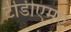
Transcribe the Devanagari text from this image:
टीडीएमए